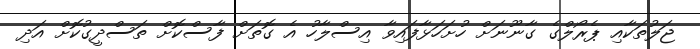
ޖަލުތަކާއި ޕެރޯލްގެ ގާނޫނަށް ހުށަހަޅާފައިވާ އިސްލާހު އެ ގޮތަށް ފާސްކޮށް ތަސްދީގުކޮށް އަދި